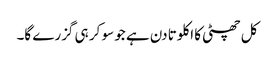
کل چھٹی کا اکلوتا دن ہے جو سو کر ہی گزرے گا۔